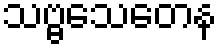
သဗ္ဗသေတေန